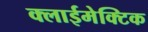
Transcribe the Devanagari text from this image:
क्लाईमेक्टिक